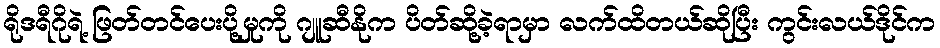
ရိုဒရီဂိုရဲ့ ဖြတ်တင်ပေးပို့မှုကို ဂျူဆီနိုက ပိတ်ဆို့ခဲ့ရာမှာ လက်ထိတယ်ဆိုပြီး ကွင်းလယ်ဒိုင်က